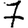
Digit: 7